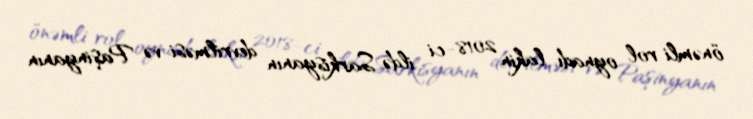
önəmli rol oynadı, lakin 2018-ci ildə Sarkisyanın devrilməsi və Paşinyanın